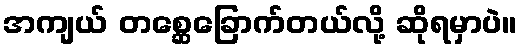
အကျယ် တစ္ဆေခြောက်တယ်လို့ ဆိုရမှာပဲ။